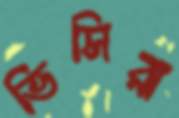
ভিসিরা